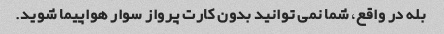
بله در واقع، شما نمی توانید بدون کارت پرواز سوار هواپیما شوید.